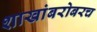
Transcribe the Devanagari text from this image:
शाखांबरोबरच